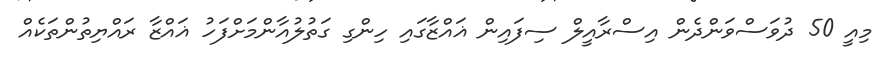
މިއީ 50 ދުވަސްވަންދެން އިސްރާއީލް ސިފައިން ޣައްޒާގައި ހިންގި ގަތުލުއާންމަށްފަހު ޣައްޒާ ރައްޔިތުންތަކެއް